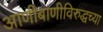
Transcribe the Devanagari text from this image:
आणीबाणीविरुद्धच्या